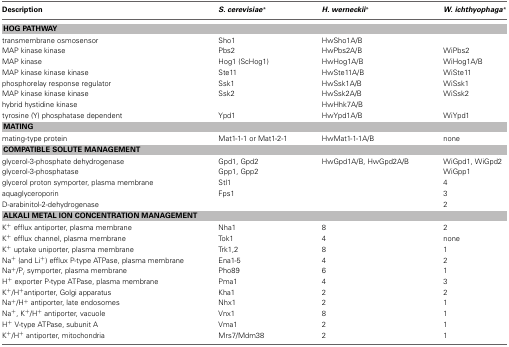
<table><thead><tr><td><b>Description</b></td><td><b><i>S. cerevisiae</i><sup>*</sup></b></td><td><b><i>H. werneckii</i><sup>*</sup></b></td><td><b><i>W. ichthyophaga</i><sup>*</sup></b></td></tr></thead><tbody><tr><td colspan="4"><b>HOG PATHWAY</b></td></tr><tr><td>transmembrane osmosensor</td><td>Sho1</td><td>HwSho1A/B</td><td></td></tr><tr><td>MAP kinase kinase</td><td>Pbs2</td><td>HwPbs2A/B</td><td>WiPbs2</td></tr><tr><td>MAP kinase</td><td>Hog1 (ScHog1)</td><td>HwHog1A/B</td><td>WiHog1A/B</td></tr><tr><td>MAP kinase kinase kinase</td><td>Ste11</td><td>HwSte11A/B</td><td>WiSte11</td></tr><tr><td>phosphorelay response regulator</td><td>Ssk1</td><td>HwSsk1A/B</td><td>WiSsk1</td></tr><tr><td>MAP kinase kinase kinase</td><td>Ssk2</td><td>HwSsk2A/B</td><td>WiSsk2</td></tr><tr><td>hybrid hystidine kinase</td><td></td><td>HwHhk7A/B</td><td></td></tr><tr><td>tyrosine (Y) phosphatase dependent</td><td>Ypd1</td><td>HwYpd1A/B</td><td>WiYpd1</td></tr><tr><td colspan="4"><b>MATING</b></td></tr><tr><td>mating-type protein</td><td>Mat1-1-1 or Mat1-2-1</td><td>HwMat1-1-1A/B</td><td>none</td></tr><tr><td colspan="4"><b>COMPATIBLE SOLUTE MANAGEMENT</b></td></tr><tr><td>glycerol-3-phosphate dehydrogenase</td><td>Gpd1, Gpd2</td><td>HwGpd1A/B, HwGpd2A/B</td><td>WiGpd1, WiGpd2</td></tr><tr><td>glycerol-3-phosphatase</td><td>Gpp1, Gpp2</td><td></td><td>WiGpp1</td></tr><tr><td>glycerol proton symporter, plasma membrane</td><td>Stl1</td><td></td><td>4</td></tr><tr><td>aquaglyceroporin</td><td>Fps1</td><td></td><td>3</td></tr><tr><td>D-arabinitol-2-dehydrogenase</td><td></td><td></td><td>2</td></tr><tr><td colspan="4"><b>ALKALI METAL ION CONCENTRATION MANAGEMENT</b></td></tr><tr><td>K<sup>+</sup> efflux antiporter, plasma membrane</td><td>Nha1</td><td>8</td><td>2</td></tr><tr><td>K<sup>+</sup> efflux channel, plasma membrane</td><td>Tok1</td><td>4</td><td>none</td></tr><tr><td>K<sup>+</sup> uptake uniporter, plasma membrane</td><td>Trk1,2</td><td>8</td><td>1</td></tr><tr><td>Na<sup>+</sup> (and Li<sup>+</sup>) efflux P-type ATPase, plasma membrane</td><td>Ena1-5</td><td>4</td><td>2</td></tr><tr><td>Na<sup>+</sup>/P<sub><i>i</i></sub> symporter, plasma membrane</td><td>Pho89</td><td>6</td><td>1</td></tr><tr><td>H<sup>+</sup> exporter P-type ATPase, plasma membrane</td><td>Pma1</td><td>4</td><td>3</td></tr><tr><td>K<sup>+</sup>/H<sup>+</sup> antiporter, Golgi apparatus</td><td>Kha1</td><td>2</td><td>2</td></tr><tr><td>Na<sup>+</sup>/H<sup>+</sup> antiporter, late endosomes</td><td>Nhx1</td><td>2</td><td>1</td></tr><tr><td>Na<sup>+</sup>, K<sup>+</sup>/H<sup>+</sup> antiporter, vacuole</td><td>Vnx1</td><td>8</td><td>1</td></tr><tr><td>H<sup>+</sup> V-type ATPase, subunit A</td><td>Vma1</td><td>2</td><td>1</td></tr><tr><td>K<sup>+</sup>/H<sup>+</sup> antiporter, mitochondria</td><td>Mrs7/Mdm38</td><td>2</td><td>1</td></tr></tbody></table>